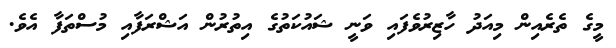
މީގެ ތެރެއިން މިއަދު ހާޒިރުވެފައި ވަނީ ޝައުކަތުގެ އިތުރުން އަޝްރަފާއި މުސްތަފާ އެވެ.